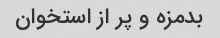
بدمزه و پر از استخوان